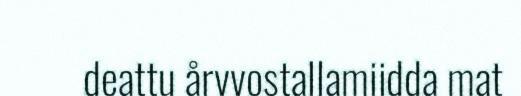
deattu årvvostallamiidda mat